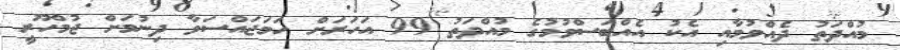
މުއްދަތު ދެއްވުމާއި އެކު އެއްބަސްވުމުގެ މުއްދަތު 99 އަހަރަށް ހަމަޖައްސަވާ ދިނުމަށް ޖުމްހޫރީ